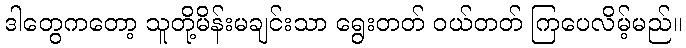
ဒါတွေကတော့ သူတို့မိန်းမချင်းသာ ရွေးတတ် ဝယ်တတ် ကြပေလိမ့်မည်။